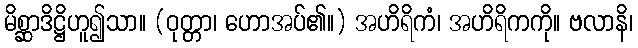
မိစ္ဆာဒိဋ္ဌိဟူ၍သာ။ (ဝုတ္တာ၊ ဟောအပ်၏။) အဟိရိကံ၊ အဟိရိကကို။ ဗလာနိ၊